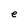
Character: e